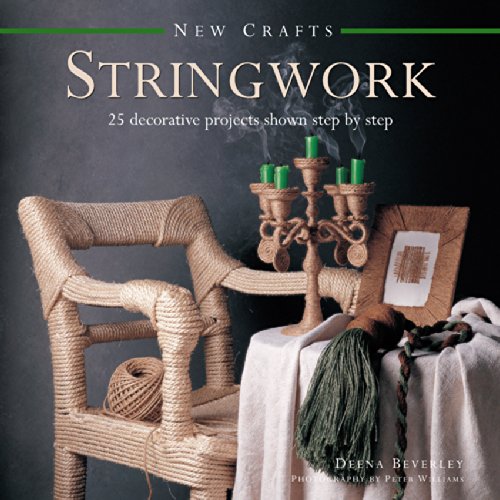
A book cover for New Crafts: Stringwork: 25 decorative projects shown step by step; Deena Beverley; Crafts, Hobbies & Home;